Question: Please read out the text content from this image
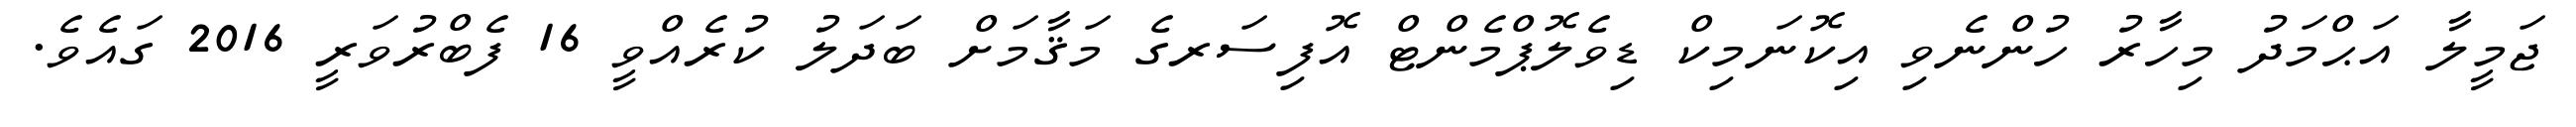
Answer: ޖަމީލާ އަޙްމަދު މިހާރު ހުންނެވި އިކޮނަމިކް ޑިވެލޮޕްމެންޓް އޮފިސަރގެ މަޤާމަށް ބަދަލު ކުރެއްވީ 16 ފެބްރުވަރީ 2016 ގައެވެ.